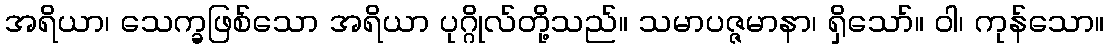
အရိယာ၊ သေက္ခဖြစ်သော အရိယာ ပုဂ္ဂိုလ်တို့သည်။ သမာပဇ္ဇမာနာ၊ ရှိသော်။ ဝါ၊ ကုန်သော။